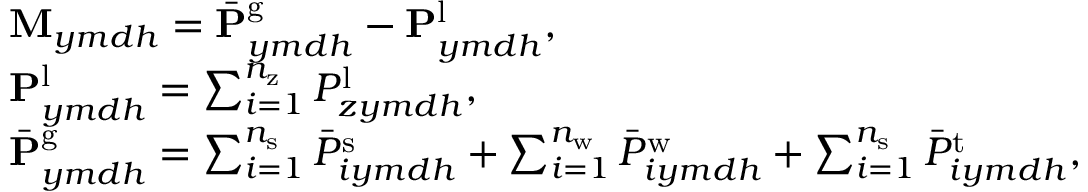
\begin{array} { r l } & { \mathbf { M } _ { y m d h } = \bar { \mathbf { P } } _ { y m d h } ^ { \mathrm { g } } - { \mathbf { P } } _ { y m d h } ^ { \mathrm { l } } , } \\ & { \mathbf { P } _ { y m d h } ^ { \mathrm { l } } = \sum _ { i = 1 } ^ { n _ { \mathrm { z } } } { P } _ { z y m d h } ^ { \mathrm { l } } , } \\ & { \bar { \mathbf { P } } _ { y m d h } ^ { \mathrm { g } } = \sum _ { i = 1 } ^ { n _ { \mathrm { s } } } \bar { P } _ { i y m d h } ^ { \mathrm { s } } + \sum _ { i = 1 } ^ { n _ { \mathrm { w } } } \bar { P } _ { i y m d h } ^ { \mathrm { w } } + \sum _ { i = 1 } ^ { n _ { \mathrm { s } } } \bar { P } _ { i y m d h } ^ { \mathrm { t } } , } \end{array}